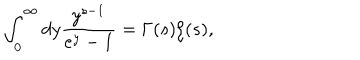
\int _ { 0 } ^ { \infty } d y { \frac { y ^ { s - 1 } } { e ^ { y } - 1 } } = \Gamma ( s ) \zeta ( s ) ,